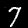
Digit: 7